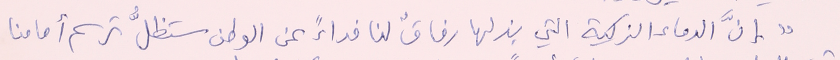
" إنَّ الدماء الزكية التي بذلها رفاقٌ لنا فداءً عن الوطن ستظلُّ ترسم أمامنا